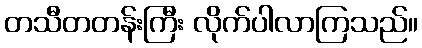
တသီတတန်းကြီး လိုက်ပါလာကြသည်။